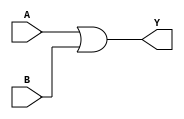
// 74x32 - Quad input OR Gate. Gates 1,2,3 and 4
module MOD_74x32_4 (
     input [0:3] A,
    input [0:3] B,
    output [0:3] Y);

assign Y = A | B;

endmodule

module MOD_74x32_4_SPLIT (
     input [0:3] A,
    input [0:3] B,
    output [0:3] Y);

assign Y[0] = A[0] | B[0];
assign Y[1] = A[1] | B[1];
assign Y[2] = A[2] | B[2];
assign Y[3] = A[3] | B[3];

endmodule